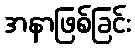
အနာဖြစ်ခြင်း